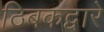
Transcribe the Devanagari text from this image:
ठिबकद्वारे